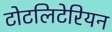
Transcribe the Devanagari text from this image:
टोटलिटेरियन